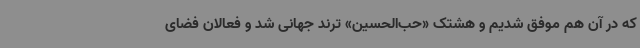
که در آن هم موفق شدیم و هشتک «حب‌الحسین» ترند جهانی شد و فعالان فضای